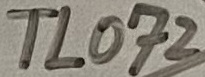
Text: TL072